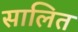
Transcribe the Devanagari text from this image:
सालित